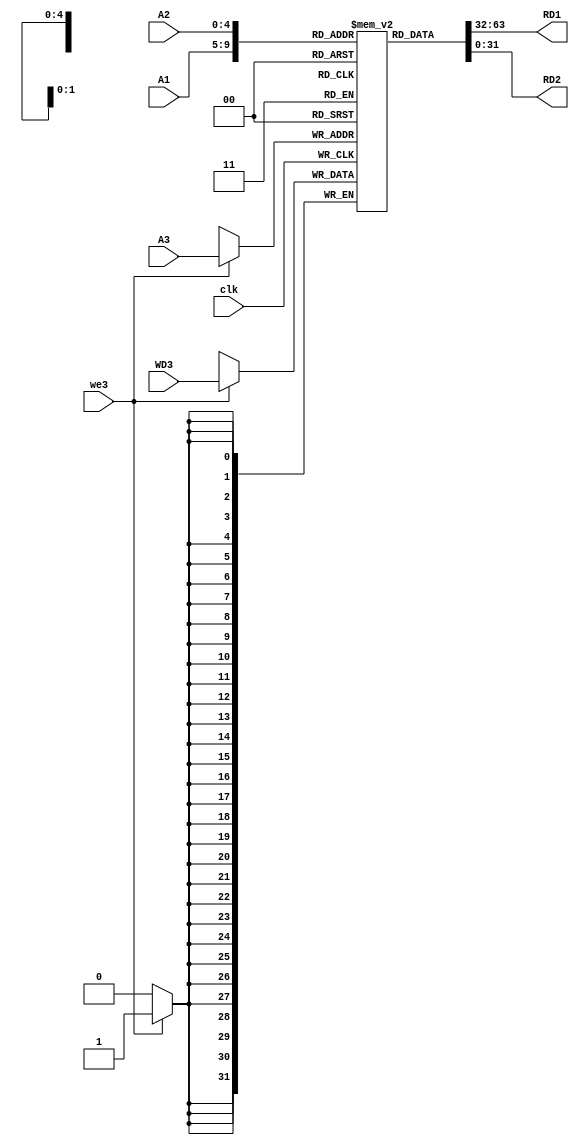
module register_file #(parameter memory_width=32,address_width=5)(
 input clk,we3,
 input [address_width-1:0]A1,A2,A3,
 input [memory_width-1:0]WD3,
 output [memory_width-1:0]RD1,RD2
);
reg [memory_width-1:0] RegisterFile [0:2**address_width-1];
integer i;
initial
begin
for(i=0;i<256;i=i+1)
RegisterFile[i]=32'b0;

RegisterFile[10]=32'h28082002;
RegisterFile[20]=32'h18022002;

end
////synchronous write process////
always@(posedge clk)
begin
if(we3)
RegisterFile[A3]<=WD3;
end
////asynchronous read process////
assign RD1 = RegisterFile[A1];
assign RD2 = RegisterFile[A2];
endmodule
/////////////////////
module register_file_tb(); 
parameter memory_width=32;
parameter address_width=5;
 reg clk,we3;
 reg [address_width-1:0]A1,A2,A3;
 reg [memory_width-1:0]WD3;
 wire [memory_width-1:0]RD1,RD2;
register_file dut(clk,we3,A1,A2,A3,WD3,RD1,RD2);
always
begin
clk=0;
#50;
clk=1;
#50;
end
initial
begin
A1=10;
A2=20;
we3=0;
#100;
A3=30;
we3=1;
WD3=32'h11111111;
#100;
end
endmodule